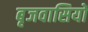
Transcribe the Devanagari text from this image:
बृजवासियों